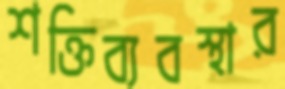
শক্তিব্যবস্থার